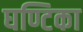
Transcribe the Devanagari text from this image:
घण्टिका